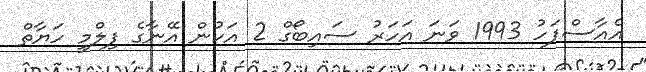
އެއާސްފަހު 1993 ވަނަ އަހަރު ސައިބޯގް 2 އަކުން އޭނާގެ ފިލްމީ ހަޔާތް